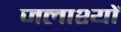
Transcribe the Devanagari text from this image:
जलाश्यों